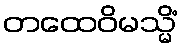
တထေဝိမသ္မိံ